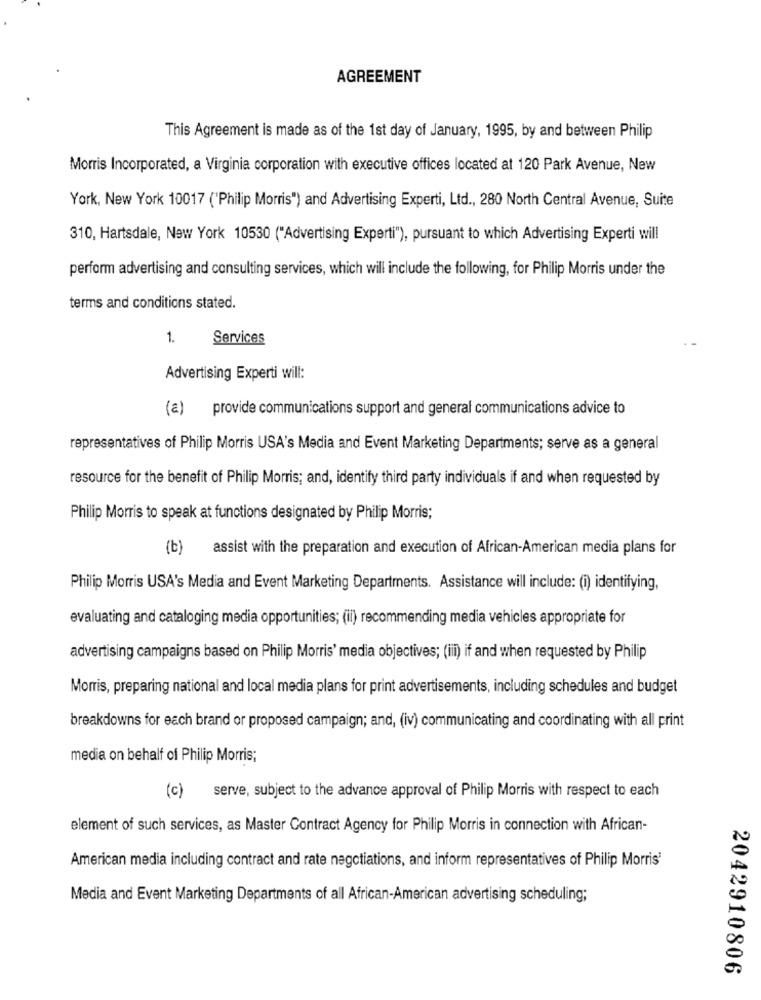
AGREEMENT
This Agreement is made as of the 1st day of January, 1995, by and between Philip
Morris Incorporated, a Virginia corporation with executive offices located at 120 Park Avenue, New
York, New York 10017 ('Philip Morris") and Advertising Experti, Ltd ., 280 North Central Avenue, Suite
310, Hartsdale, New York 10530 ("Advertising Experti"), pursuant to which Advertising Experti will
perform advertising and consulting services, which will include the following, for Philip Morris under the
terms and conditions stated.
1.
Services
Advertising Experti will:
(a)
provide communications support and general communications advice to
representatives of Philip Morris USA's Media and Event Marketing Departments; serve as a general
resource for the benefit of Philip Morris; and, identify third party individuals if and when requested by
Philip Morris to speak at functions designated by Philip Morris;
(b)
assist with the preparation and execution of African-American media plans for
Philip Morris USA's Media and Event Marketing Departments. Assistance will include: (i) identifying,
evaluating and cataloging media opportunities; (ii) recommending media vehicles appropriate for
advertising campaigns based on Philip Morris' media objectives; (iii) if and when requested by Philip
Morris, preparing national and local media plans for print advertisements, including schedules and budget
breakdowns for each brand or proposed campaign; and, (iv) communicating and coordinating with all print
media on behalf of Philip Morris;
(c) serve, subject to the advance approval of Philip Morris with respect to each
element of such services, as Master Contract Agency for Philip Morris in connection with African-
American media including contract and rate negotiations, and inform representatives of Philip Morris'
Media and Event Marketing Departments of all African-American advertising scheduling;
2042910806